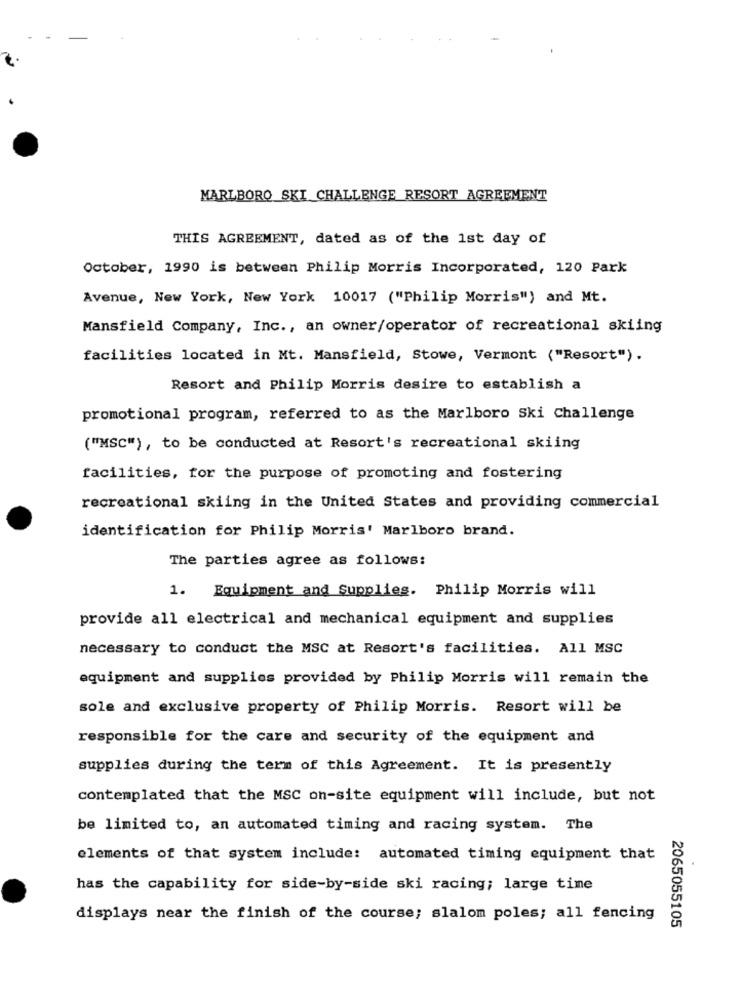
MARLBORO SKI CHALLENGE RESORT AGREEMENT
THIS AGREEMENT, dated as of the 1st day of
October, 1990 is between Philip Morris Incorporated, 120 Park
Avenue, New York, New York 10017 ("Philip Morris") and Mt.
Mansfield Company, Inc ., an owner/operator of recreational skiing
facilities located in Mt. Mansfield, Stowe, Vermont ("Resort").
Resort and Philip Morris desire to establish a
promotional program, referred to as the Marlboro Ski Challenge
("MSC"), to be conducted at Resort's recreational skiing
facilities, for the purpose of promoting and fostering
recreational skiing in the United States and providing commercial
identification for Philip Morris' Marlboro brand.
The parties agree as follows:
1. Equipment and Supplies. Philip Morris will
provide all electrical and mechanical equipment and supplies
necessary to conduct the MSC at Resort's facilities. All MSC
equipment and supplies provided by Philip Morris will remain the
sole and exclusive property of Philip Morris. Resort will be
responsible for the care and security of the equipment and
supplies during the term of this Agreement. It is presently
contemplated that the MSC on-site equipment will include, but not
be limited to, an automated timing and racing system. The
elements of that system include: automated timing equipment that
has the capability for side-by-side ski racing; large time
displays near the finish of the course; slalom poles; all fencing
2065055105